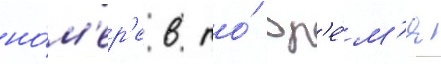
но́м'ер'е в то́ вр'е́м'я